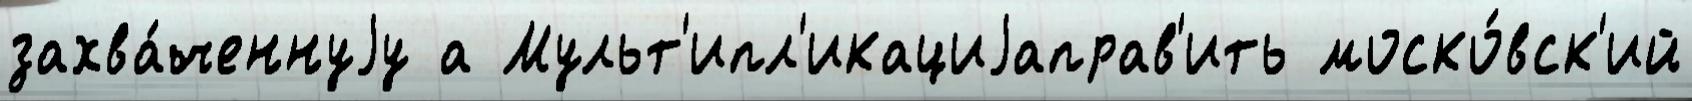
захва́ченнуjу а Мульт'ипл'икациjаправ'ить моско́вск'ий